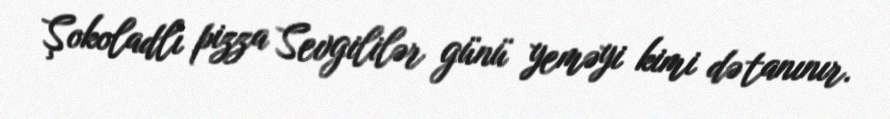
Şokoladlı pizza Sevgililər günü yeməyi kimi də tanınır.